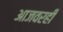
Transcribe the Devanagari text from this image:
आजवरही